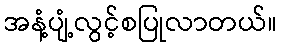
အနံ့ပျံ့လွင့်စပြုလာတယ်။